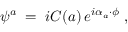
\psi ^ { a } \; = \; i { \cal C } ( a ) \, e ^ { i \alpha _ { a } \cdot \phi } \; ,